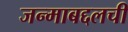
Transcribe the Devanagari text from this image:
जन्माबद्दलची